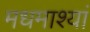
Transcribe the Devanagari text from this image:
मधमाश्यां